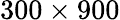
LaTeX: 300\times 900